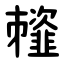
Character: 䪣